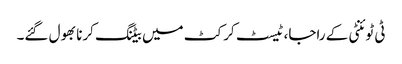
ٹی ٹوئنٹی کے راجا، ٹیسٹ کرکٹ میں بیٹنگ کرنا بھول گئے۔